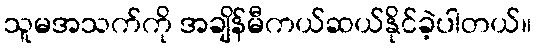
သူမအသက်ကို အချိန်မီကယ်ဆယ်နိုင်ခဲ့ပါတယ်။